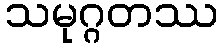
သမုဂ္ဂတဿ